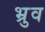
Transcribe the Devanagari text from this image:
भ्रुव